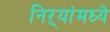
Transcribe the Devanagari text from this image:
निऱ्यांमध्ये